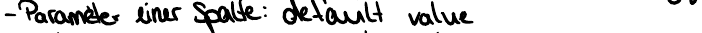
- Parameter einer Spalte: default value